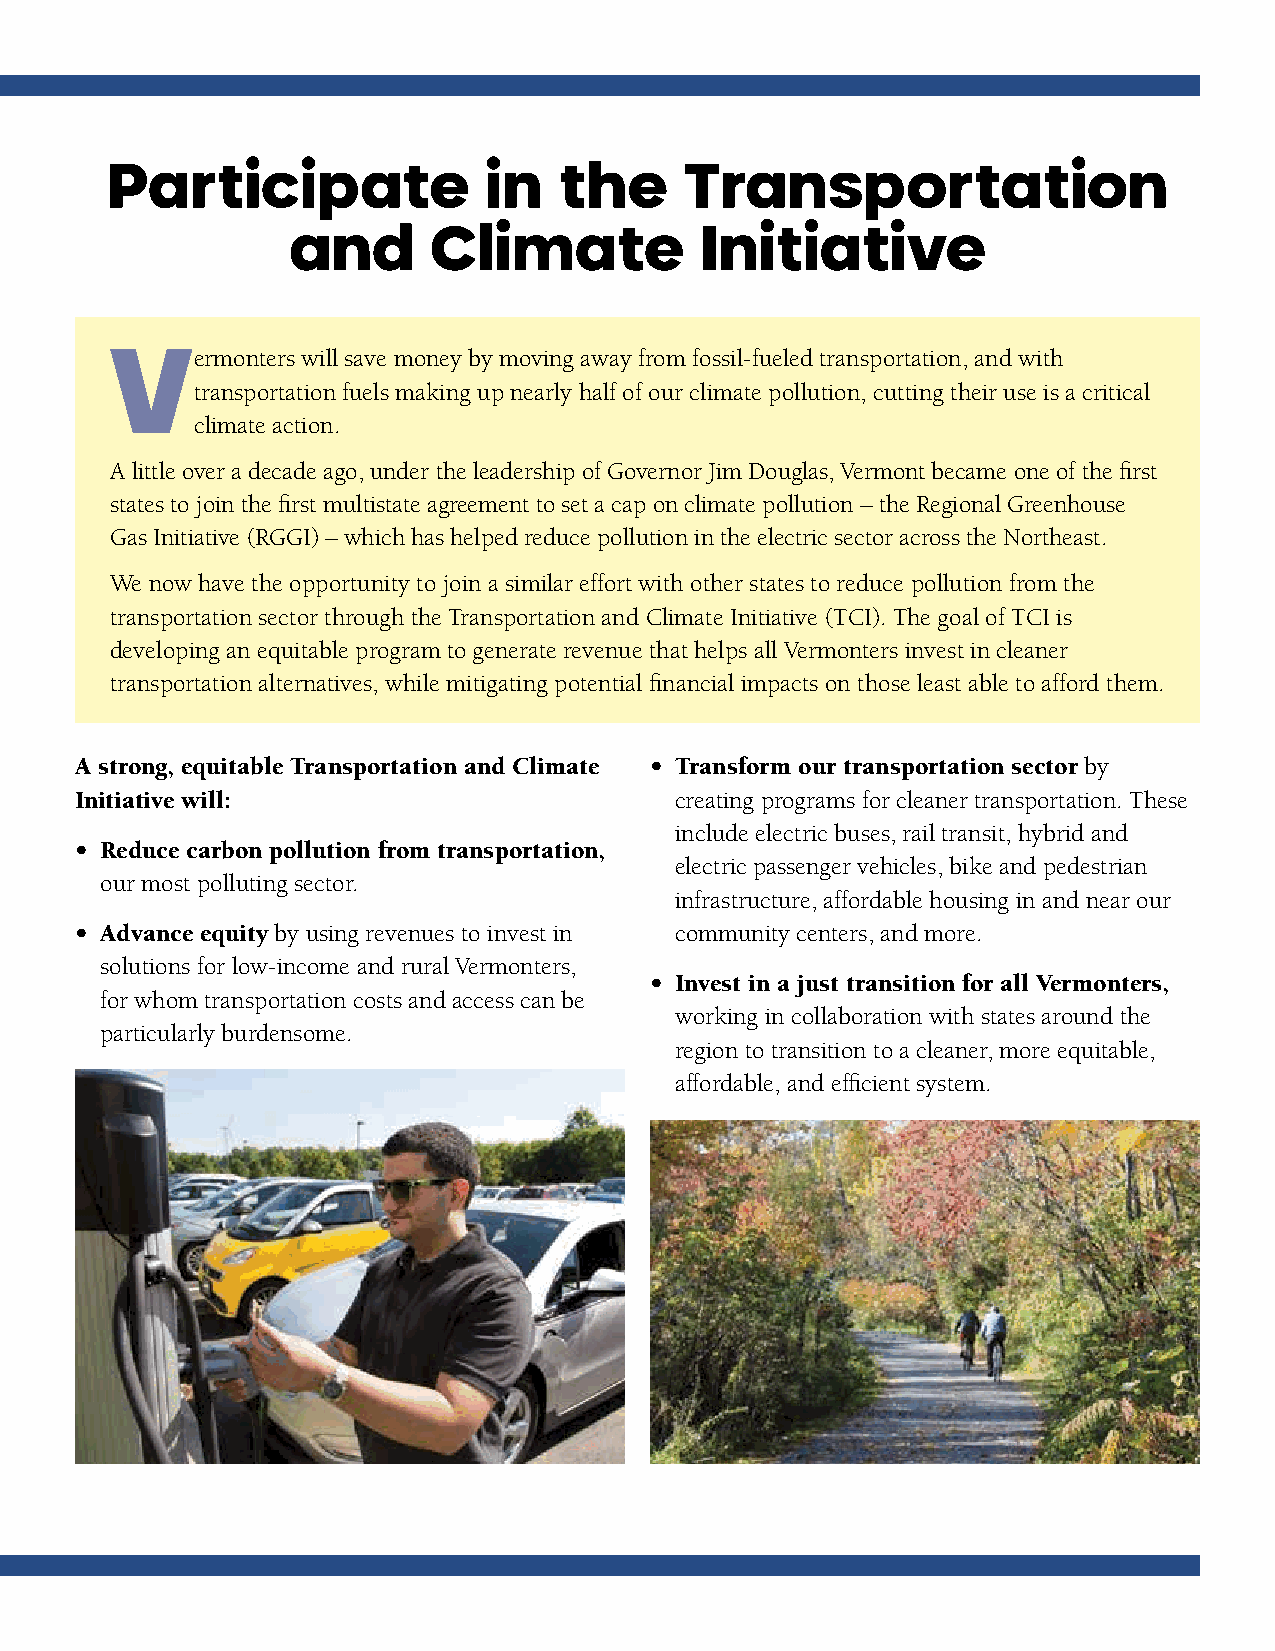
Participate              in   the     Transportation
 and      Climate           Initiative
 Vermonters   will save money by moving away from fossil-fueled transportation, and with
 transportation fuels making up nearly half of our climate pollution, cutting their use is a critical
 climate action.
 A little over a decade ago, under the leadership of Governor Jim Douglas, Vermont became one of the first
 states to join the first multistate agreement to set a cap on climate pollution – the Regional Greenhouse
 Gas Initiative (RGGI) – which has helped reduce pollution in the electric sector across the Northeast.
 We now have the opportunity to join a similar effort with other states to reduce pollution from the
 transportation sector through the Transportation and Climate Initiative (TCI). The goal of TCI is
 developing an equitable program to generate revenue that helps all Vermonters invest in cleaner
 transportation alternatives, while mitigating potential financial impacts on those least able to afford them.
 A strong, equitable Transportation and Climate • Transform our transportation sector by
 Initiative will:                        creating programs for cleaner transportation. These
 include electric buses, rail transit, hybrid and
 • Reduce carbon pollution from transportation,
 electric passenger vehicles, bike and pedestrian
 our most polluting sector.
 infrastructure, affordable housing in and near our
 • Advance equity by using revenues to invest in community centers, and more.
 solutions for low-income and rural Vermonters,
 • Invest in a just transition for all Vermonters,
 for whom transportation costs and access can be
 working in collaboration with states around the
 particularly burdensome.
 region to transition to a cleaner, more equitable,
 affordable, and efficient system.